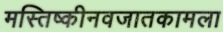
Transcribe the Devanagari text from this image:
मस्तिष्कीनवजातकामला